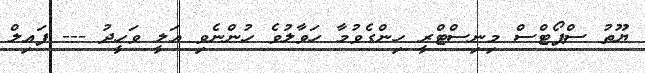
ޔޫތު ސްޕޯޓްސް މިނިސްޓްރީ ހިންގެވުމާ ހަވާލުވެ ހުންނެވި އަލީ ވަހީދު --- ފައިލް